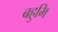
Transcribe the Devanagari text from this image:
बहुभि